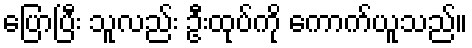
ပြောပြီး သူလည်း ဦးထုပ်ကို ကောက်ယူသည်။